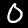
Digit: 0